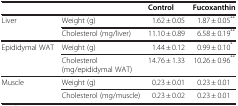
|  |  | Control | Fucoxanthin |
 | --- | --- | --- | --- |
 | <ROWSPAN=2> Liver | Weight (g) | 1.62 ± 0.05 | 1.87 ± 0.05** |
 | Cholesterol (mg/liver) | 11.10 ± 0.89 | 6.58 ± 0.19** |
 | <ROWSPAN=2> Epididymal WAT | Weight (g) | 1.44 ± 0.12 | 0.99 ± 0.10* |
 | Cholesterol (mg/epididymal WAT) | 14.76 ± 1.33 | 10.26 ± 0.96** |
 | <ROWSPAN=2> Muscle | Weight (g) | 0.23 ± 0.01 | 0.23 ± 0.01 |
 | Cholesterol (mg/muscle) | 0.23 ± 0.02 | 0.23 ± 0.01 |